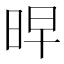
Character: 𭥳